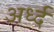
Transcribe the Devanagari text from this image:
अर्ध्द